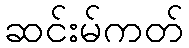
ဆင်းမ်ကတ်